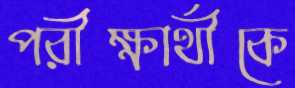
পরীক্ষার্থীকে